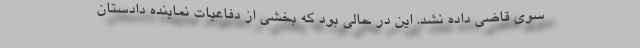
سوی قاضی داده نشد. این در حالی بود که بخشی از دفاعیات نماینده دادستان